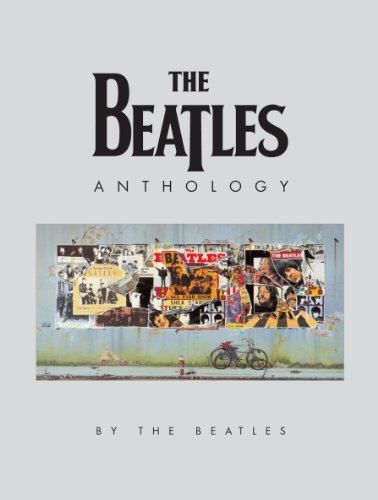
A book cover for The Beatles Anthology; The Beatles; Humor & Entertainment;